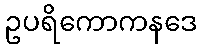
ဥပရိကောကနဒေ